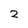
Character: 2